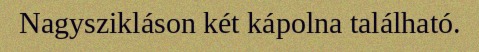
Nagyszikláson két kápolna található.